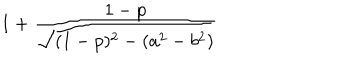
LaTeX: 1 + { \frac { 1 - p } { \sqrt { ( 1 - p ) ^ { 2 } - ( a ^ { 2 } - b ^ { 2 } ) } } }